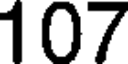
107